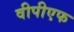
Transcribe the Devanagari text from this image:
वीपीएफ